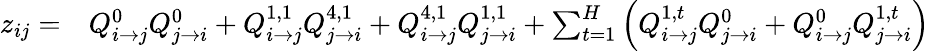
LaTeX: \begin{array}{rl}{z_{ij}=}&{{}Q_{i\rightarrow j}^{0}Q_{j\rightarrow i}^{0}+Q_{i\rightarrow j}^{1,1}Q_{j\rightarrow i}^{4,1}+Q_{i\rightarrow j}^{4,1}Q_{j\rightarrow i}^{1,1}+\sum_{t=1}^{H}\left(Q_{i\rightarrow j}^{1,t}Q_{j\rightarrow i}^{0}+Q_{i\rightarrow j}^{0}Q_{j\rightarrow i}^{1,t}\right)}\end{array}